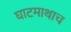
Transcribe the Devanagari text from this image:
घाटमाथाच